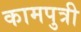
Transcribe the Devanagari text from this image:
कामपुत्री